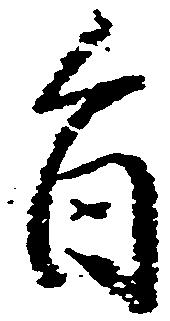
旨